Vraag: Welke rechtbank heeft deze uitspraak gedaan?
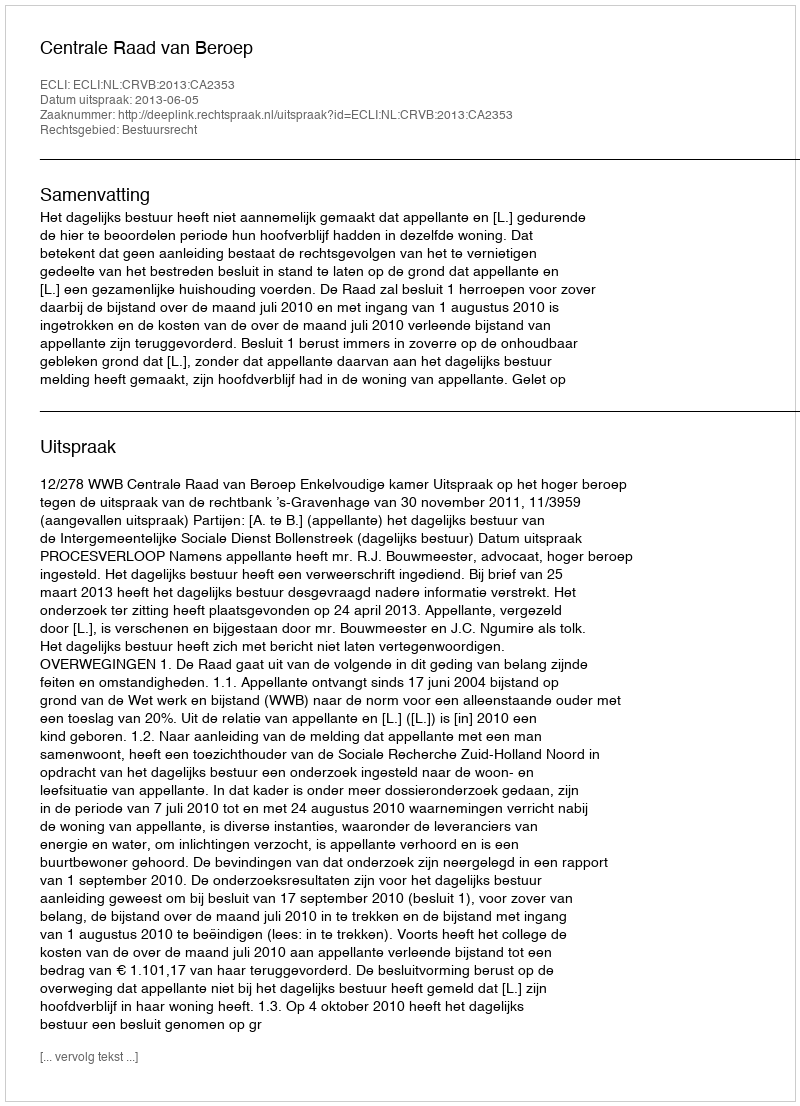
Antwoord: Centrale Raad van Beroep